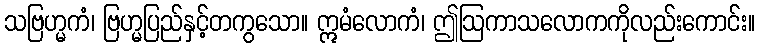
သဗြဟ္မကံ၊ ဗြဟ္မပြည်နှင့်တကွသော။ ဣမံလောကံ၊ ဤဩကာသလောကကိုလည်းကောင်း။